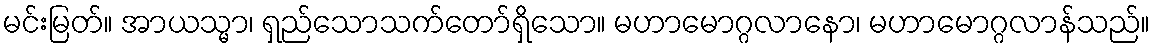
မင်းမြတ်။ အာယသ္မာ၊ ရှည်သောသက်တော်ရှိသော။ မဟာမောဂ္ဂလာနော၊ မဟာမောဂ္ဂလာန်သည်။